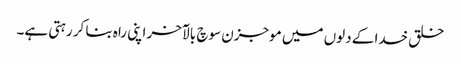
خلق خدا کے دلوں میں موجزن سوچ بالآخر اپنی راہ بنا کر رہتی ہے۔